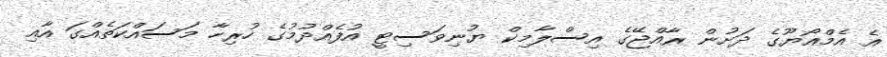
އެ އެމްއޯޔޫގެ ދަށުން ރާއްޖޭގެ އިސްލާމިކް ޔުނިވަސިޓީ އުފެއްދުމުގެ ހުރިހާ މަސައްކަތެއްގަ އާއި